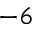
^ { - 6 }